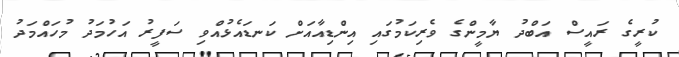
ކުރީގެ ރައީސް އަބްދު ޔާމީންގެ ވެރިކަމުގައި އިންޑިއާއަށް ކަނޑައެޅުއްވި ސަފީރު އަހުމަދު މުހައްމަދު